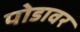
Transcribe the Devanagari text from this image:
पोडावर